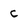
Character: c